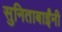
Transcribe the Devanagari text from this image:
सुनिताबाईंनी